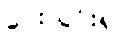
ပေးသွင်း၍